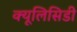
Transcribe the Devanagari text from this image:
क्यूलिसिडी